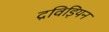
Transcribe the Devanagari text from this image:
द्रविड़ियन